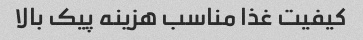
کیفیت غذا مناسب هزینه پیک بالا